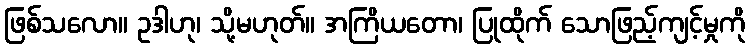
ဖြစ်သလော။ ဥဒါဟု၊ သို့မဟုတ်။ အကြိယတော၊ ပြုထိုက် သောဖြည့်ကျင့်မှုကို